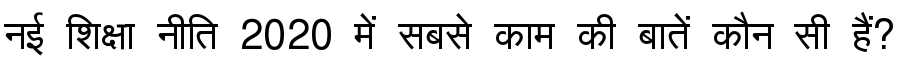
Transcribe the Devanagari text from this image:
नई शिक्षा नीति 2020 में सबसे काम की बातें कौन सी हैं?